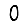
Digit: 0